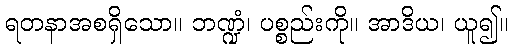
ရတနာအစရှိသော။ ဘဏ္ဍံ၊ ပစ္စည်းကို။ အာဒိယ၊ ယူ၍။